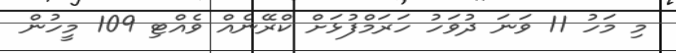
މި މަހު 11 ވަނަ ދުވަހު ހަރަމްފުޅަށް ކްރޭނެއް ވެެއްޓި 109 މީހުން